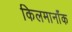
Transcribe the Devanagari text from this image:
किलमार्नॉक